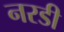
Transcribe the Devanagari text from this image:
नरडी